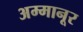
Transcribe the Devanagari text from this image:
अम्मानूर